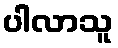
ပါလာသူ